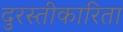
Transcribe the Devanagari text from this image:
दुरस्तीकारिता